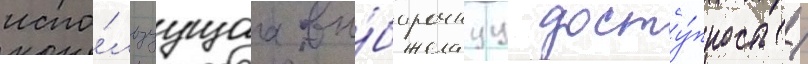
испо́льзуущаа вы́борочнуу досту́пность /